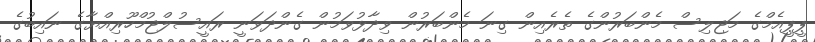
ޕީޕީއެމްގެ މަޖިލިސް މެންބަރުންގެ ތެރެއިން ގިނަ މެންބަރުން ވިދާޅުވަމުން ގެންދަވަނީ ރައީސުލްޖުމްހޫރިއްޔާގެ ނައިބުގެ